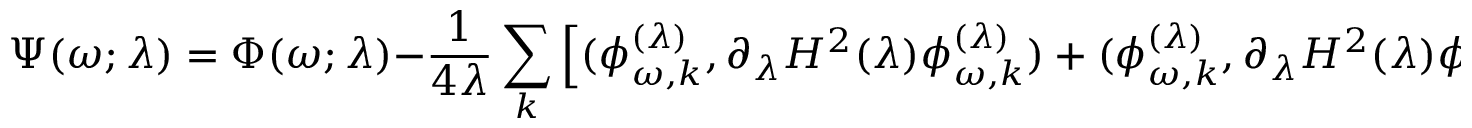
\Psi ( \omega ; \lambda ) = \Phi ( \omega ; \lambda ) - { \frac { 1 } { 4 \lambda } } \sum _ { k } \left[ ( \phi _ { \omega , k } ^ { ( \lambda ) } , \partial _ { \lambda } H ^ { 2 } ( \lambda ) \phi _ { \omega , k } ^ { ( \lambda ) } ) + ( \phi _ { \omega , k } ^ { ( \lambda ) } , \partial _ { \lambda } H ^ { 2 } ( \lambda ) \phi _ { \omega , k } ^ { ( \lambda ) } ) ^ { * } \right] ,